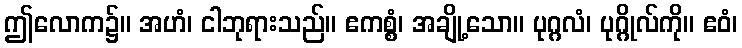
ဤလောက၌။ အဟံ၊ ငါဘုရားသည်။ ဧကစ္စံ၊ အချို့သော။ ပုဂ္ဂလံ၊ ပုဂ္ဂိုလ်ကို။ ဧဝံ၊